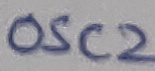
Text: OSC2